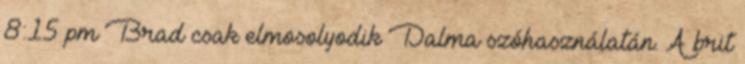
8:15 pm Brad csak elmosolyodik Dalma szóhasználatán. A brit